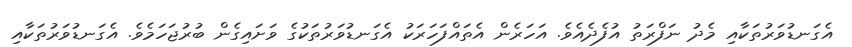
އެގަނޑުވަރުތަކާއި މެދު ނަފްރަތު އުފެދެއެވެ. އަހަރެން އެތައްފަހަރަކު އެގަނޑުވަރުތަކުގެ ވަށައިގެން ބުރުޖަހަމެވެ. އެގަނޑުވަރުތަކާއި